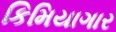
કિમિયાગાર